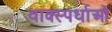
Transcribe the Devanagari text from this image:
वाक्स्पर्धाओं